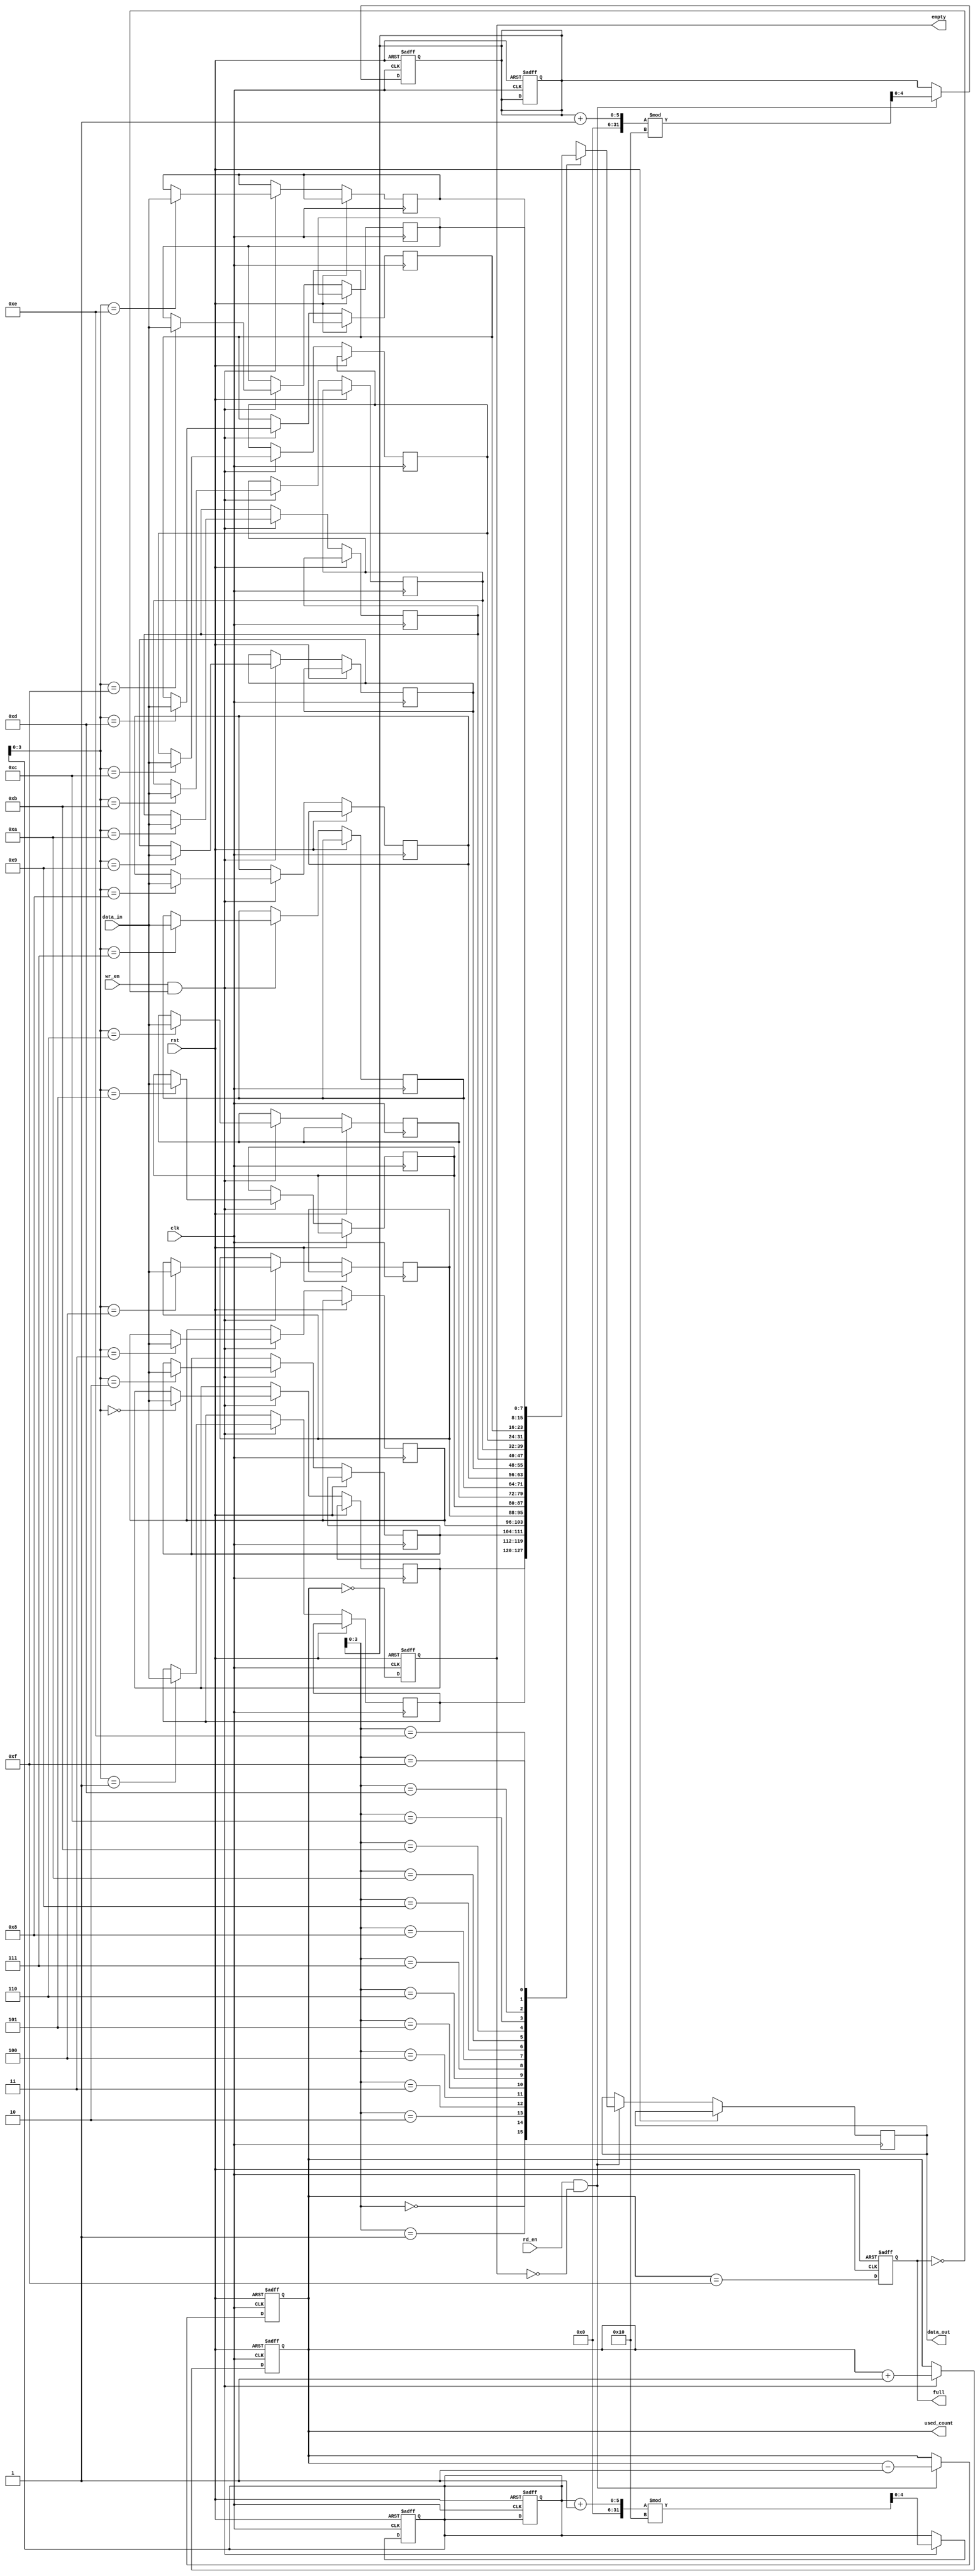
module parameterized_fifo #(
    parameter DEPTH = 16, // Must be a power of 2
    parameter WIDTH = 8   // Width of each data entry in bits
) (
    input wire clk,            // Clock signal
    input wire rst,            // Reset signal
    input wire wr_en,         // Write enable
    input wire rd_en,         // Read enable
    input wire [WIDTH-1:0] data_in, // Input data
    output reg [WIDTH-1:0] data_out, // Output data
    output reg full,          // FIFO full flag
    output reg empty,         // FIFO empty flag
    output reg [4:0] used_count // Count of used entries
);

    // Memory array to hold the FIFO data
    reg [WIDTH-1:0] fifo_mem [0:DEPTH-1];

    // Pointers for read and write operations
    reg [4:0] wr_ptr; // Write pointer
    reg [4:0] rd_ptr; // Read pointer

    // Initial states
    initial begin
        wr_ptr = 0;
        rd_ptr = 0;
        used_count = 0;
        full = 0;
        empty = 1;
    end

    // Write operation
    always @(posedge clk or posedge rst) begin
        if (rst) begin
            wr_ptr <= 0;
            rd_ptr <= 0;
            used_count <= 0;
            full <= 0;
            empty <= 1;
        end else begin
            // Write data if enabled and FIFO is not full
            if (wr_en && !full) begin
                fifo_mem[wr_ptr] <= data_in; // Write data to FIFO
                wr_ptr <= (wr_ptr + 1) % DEPTH; // Increment and wrap write pointer
                used_count <= used_count + 1; // Increment used count
            end

            // Update full and empty flags
            full <= (used_count == DEPTH - 1);
            empty <= (used_count == 0);
        end
    end

    // Read operation
    always @(posedge clk or posedge rst) begin
        if (rst) begin
            wr_ptr <= 0;
            rd_ptr <= 0;
            used_count <= 0;
            full <= 0;
            empty <= 1;
        end else begin
            // Read data if enabled and FIFO is not empty
            if (rd_en && !empty) begin
                data_out <= fifo_mem[rd_ptr]; // Read data from FIFO
                rd_ptr <= (rd_ptr + 1) % DEPTH; // Increment and wrap read pointer
                used_count <= used_count - 1; // Decrement used count
            end

            // Update full and empty flags
            full <= (used_count == DEPTH - 1);
            empty <= (used_count == 0);
        end
    end

endmodule